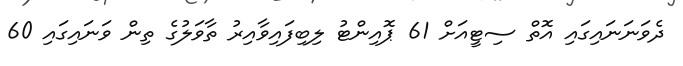
ދެވަނަނައިގައި އޮތް ސިޓީއަށް 61 ޕޮއިންޓު ލިބިފައިވާއިރު ތާވަލުގެ ތިން ވަނައިގައި 60